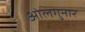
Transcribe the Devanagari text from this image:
ओलगुनार